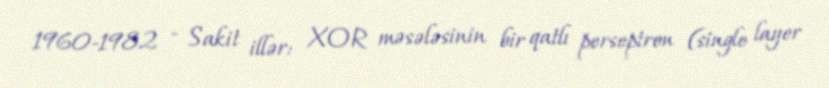
1960-1982 - Sakit illər: XOR məsələsinin bir qatlı perseptron (single layer